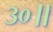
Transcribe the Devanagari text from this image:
३०॥